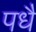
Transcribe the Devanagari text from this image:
पधै